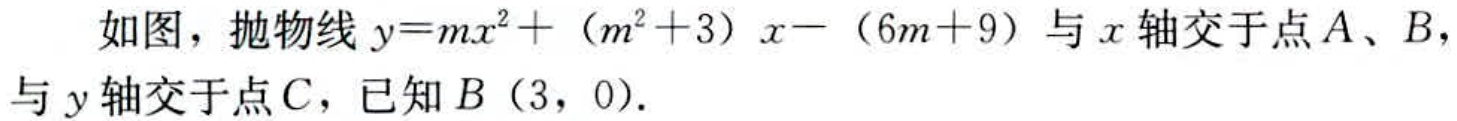
如图，抛物线\(y = mx^{2}+(m^{2}+3)x-(6m + 9)\)与\(x\)轴交于点\(A\)、\(B\)，与\(y\)轴交于点\(C\)，已知\(B(3,0)\)．